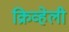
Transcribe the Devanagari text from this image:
क्रिव्हेली